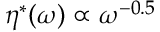
\eta ^ { * } ( \omega ) \propto \omega ^ { - 0 . 5 }